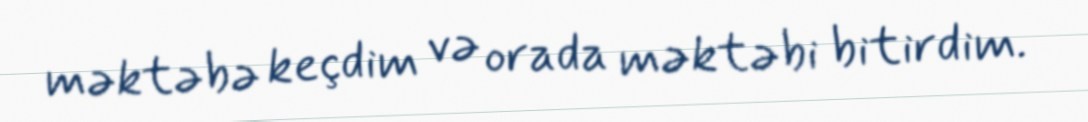
məktəbə keçdim və orada məktəbi bitirdim.